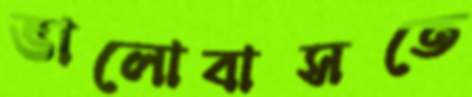
ভালোবাসতে